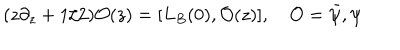
( z \partial _ { z } + 1 / 2 ) { \mathcal O } ( z ) = [ L _ { B } ( 0 ) , { \mathcal O } ( z ) ] , \quad { \mathcal O } = { \bar { \psi } } , \psi